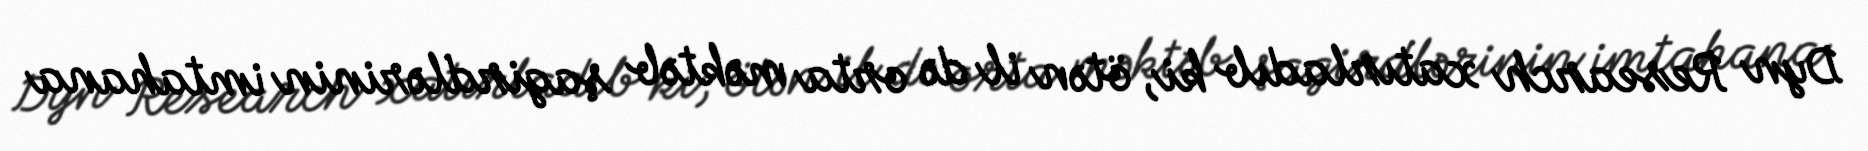
Dyn Research xatırladıb ki, ötən il də orta məktəb şagirdlərinin imtahana